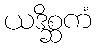
ယဒိစ္ဆကံ